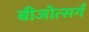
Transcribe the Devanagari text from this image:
बीजोत्सर्ग